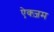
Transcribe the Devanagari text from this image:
ऐक्ज़म